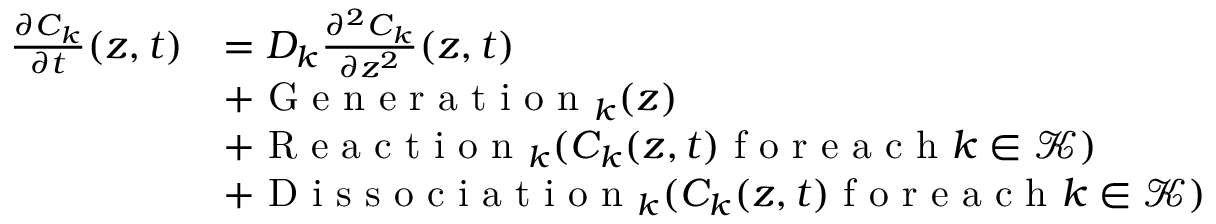
\begin{array} { r l } { \frac { \partial C _ { k } } { \partial t } ( z , t ) } & { = D _ { k } \frac { \partial ^ { 2 } C _ { k } } { \partial z ^ { 2 } } ( z , t ) } \\ & { + \textrm { G e n e r a t i o n } _ { k } ( z ) } \\ & { + \textrm { R e a c t i o n } _ { k } ( C _ { k } ( z , t ) \textrm { f o r e a c h } k \in \mathscr { K } ) } \\ & { + \textrm { D i s s o c i a t i o n } _ { k } ( C _ { k } ( z , t ) \textrm { f o r e a c h } k \in \mathscr { K } ) } \end{array}